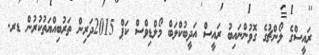
ރައީސްގެ ލޯންޗުގެ ގޮވުންނައިބު ރައީސް އަދީބުކްލަބް މޯލްޑިވްސް ކަޕް 2015ދަރިން ތަރުބިއްޔަތުކުރުން ޑރ.